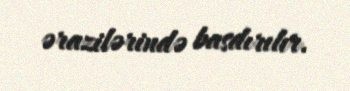
ərazilərində basdırılır.